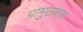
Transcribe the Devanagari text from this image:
प्रामुख्यास